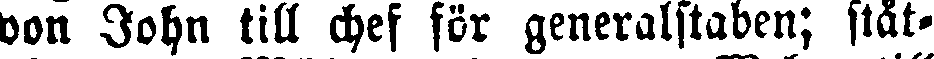
von John till chef för generalstaben; ståt-